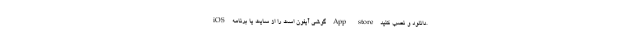
iOS گوشی آیفون است را از سایت یا برنامه App store دانلود و نصب کنید.